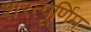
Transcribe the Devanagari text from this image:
शरत्पूर्णिम